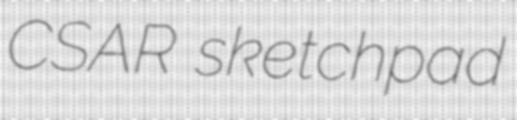
CSAR sketchpad